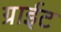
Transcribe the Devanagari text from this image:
ग्राईट